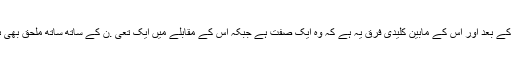
اس کے بعد اور اس کے مابین کلیدی فرق یہ ہے کہ وہ ایک صفت ہے جبکہ اس کے مقابلے میں ایک تعی .ن کے ساتھ ساتھ ملحق بھی ہے۔